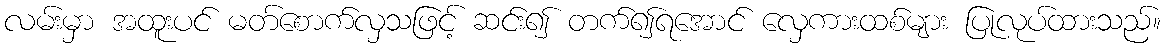
လမ်းမှာ အထူးပင် မတ်စောက်လှသဖြင့် ဆင်း၍ တက်၍ရအောင် လှေကားထစ်များ ပြုလုပ်ထားသည်။